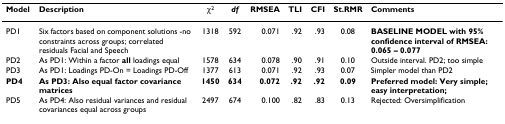
<table><thead><tr><td><b>Model</b></td><td><b>Description</b></td><td><b>χ<sup>2</sup></b></td><td><b><i>df</i></b></td><td><b>RMSEA</b></td><td><b>TLI</b></td><td><b>CFI</b></td><td><b>St.RMR</b></td><td><b>Comments</b></td></tr></thead><tbody><tr><td>PD1</td><td>Six factors based on component solutions -no constraints across groups; correlated residuals Facial and Speech</td><td>1318</td><td>592</td><td>0.071</td><td>.92</td><td>.93</td><td>0.08</td><td><b>BASELINE MODEL with </b><b>95% confidence interval of RMSEA: </b><b>0.065 – 0.077</b></td></tr><tr><td>PD2</td><td>As PD1: Within a factor <b>all </b>loadings equal</td><td>1578</td><td>634</td><td>0.078</td><td>.90</td><td>.91</td><td>0.10</td><td>Outside interval. PD2; too simple</td></tr><tr><td>PD3</td><td>As PD1: Loadings PD-On = Loadings PD-Off</td><td>1377</td><td>613</td><td>0.071</td><td>.92</td><td>.93</td><td>0.07</td><td>Simpler model than PD2</td></tr><tr><td><b>PD4</b></td><td><b>As PD3: </b><b>Also equal factor covariance matrices</b></td><td><b>1450</b></td><td><b>634</b></td><td><b>0.072</b></td><td><b>.92</b></td><td><b>.92</b></td><td><b>0.09</b></td><td><b>Preferred model: Very simple; easy interpretation;</b></td></tr><tr><td>PD5</td><td>As PD4: Also residual variances and residual covariances equal across groups</td><td>2497</td><td>674</td><td>0.100</td><td>.82</td><td>.83</td><td>0.13</td><td>Rejected: Oversimplification</td></tr></tbody></table>